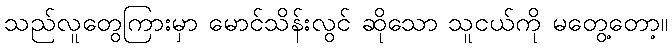
သည်လူတွေကြားမှာ မောင်သိန်းလွင် ဆိုသော သူငယ်ကို မတွေ့တော့။